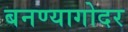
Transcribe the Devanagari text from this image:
बनण्यागोदर